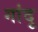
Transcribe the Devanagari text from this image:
गांदू